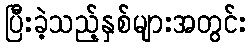
ပြီးခဲ့သည့်နှစ်များအတွင်း